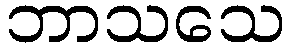
ဘာသသေ